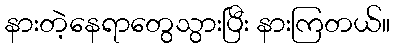
နားတဲ့နေရာတွေသွားပြီး နားကြတယ်။